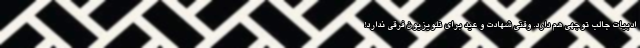
ادبیات جالب توجهی هم دارد. وقتی شهادت و عید برای تلویزیون فرقی ندارد!